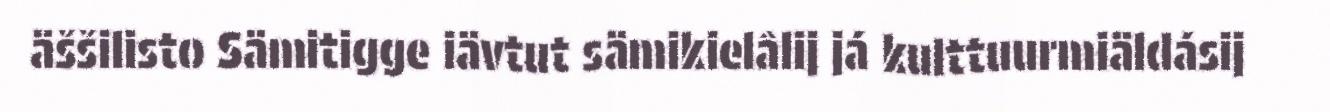
äššilisto Sämitigge iävtut sämikielâlij já kulttuurmiäldásij